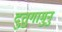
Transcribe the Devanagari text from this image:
दुतुगामुनु